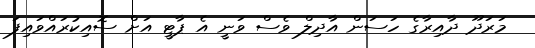
މަރަދޫ ދާއިރާގެ ހަސަން އާދިލް ވެސް ވަނީ އެ ޕާޓީ އަށް ސޮއިކުރައްވައިފަ